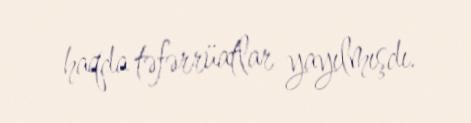
haqda təfərrüatlar yayılmışdı.